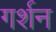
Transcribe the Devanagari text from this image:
गर्शन